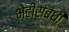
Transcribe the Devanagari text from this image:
भेटीसंबंधी